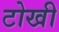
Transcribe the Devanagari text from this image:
टोखी